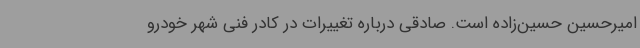
امیرحسین حسین‌زاده است. صادقی درباره تغییرات در کادر فنی شهر خودرو